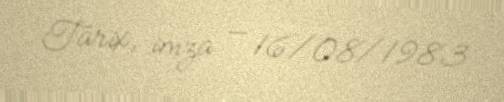
Tarix, imza — 16/08/1983